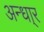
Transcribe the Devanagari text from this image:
अन्धा्र